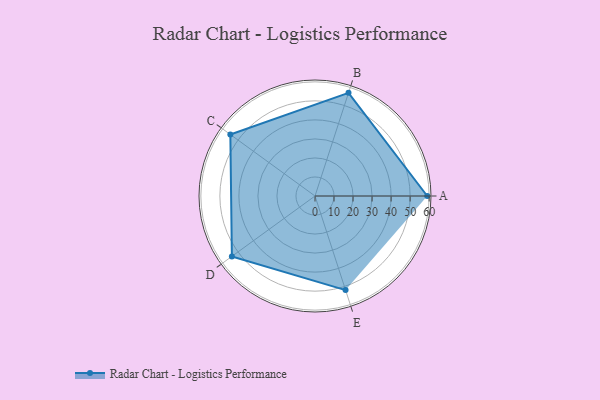
{"axis": {"x": "Skill", "y": "Score"}, "legend": ["Profile"], "data": [{"x": "A", "y": 59.0, "type": "Profile"}, {"x": "B", "y": 57.0, "type": "Profile"}, {"x": "C", "y": 55.0, "type": "Profile"}, {"x": "D", "y": 54.0, "type": "Profile"}, {"x": "E", "y": 52.0, "type": "Profile"}]}